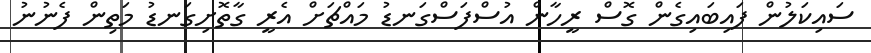
ސައިކަލުން ފައިބައިގެން ގޮސް ރީހާން އުސްފަސްގަނޑު މައްޗަށް އެރީ ގާތޮށިގަނޑު މަތިން ފެނުނު